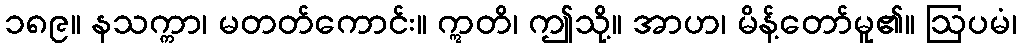
၁၈၉။ နသက္ကာ၊ မတတ်ကောင်း။ ဣတိ၊ ဤသို့။ အာဟ၊ မိန့်တော်မူ၏။ ဩပမံ၊